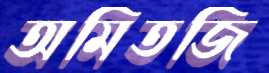
অমিতজি